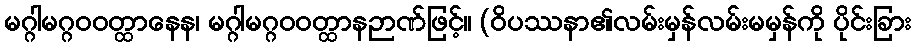
မဂ္ဂါမဂ္ဂဝဝတ္ထာနေန၊ မဂ္ဂါမဂ္ဂဝဝတ္ထာနဉာဏ်ဖြင့်။ (ဝိပဿနာ၏လမ်းမှန်လမ်းမမှန်ကို ပိုင်းခြား